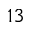
1 3